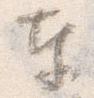
奉